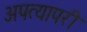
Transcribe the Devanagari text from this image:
अपत्यापरी